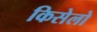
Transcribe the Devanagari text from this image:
किसेलो